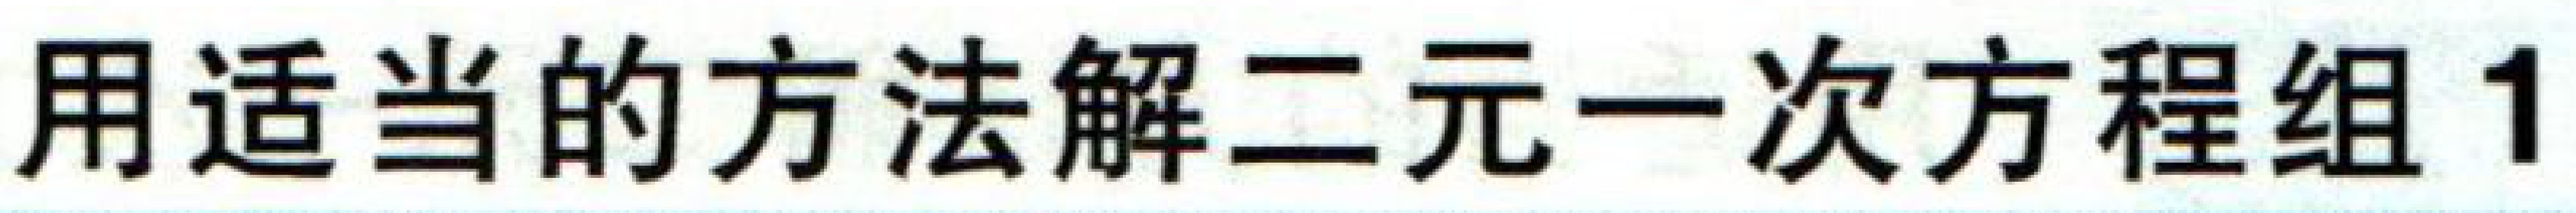
用适当的方法解二元一次方程组1